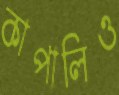
কাপালিও